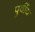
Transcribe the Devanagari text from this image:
पुर्वीय